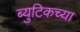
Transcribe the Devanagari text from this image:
ब्युटिकच्या